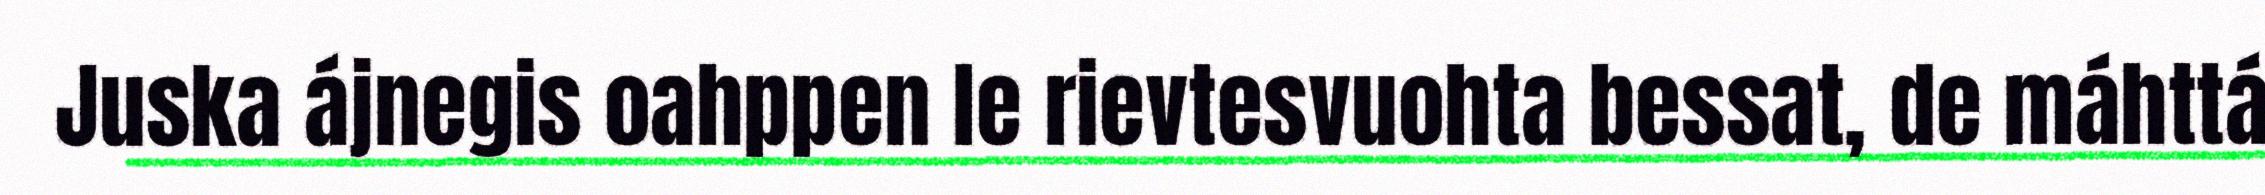
Juska ájnegis oahppen le rievtesvuohta bessat, de máhttá